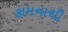
કામનાથી